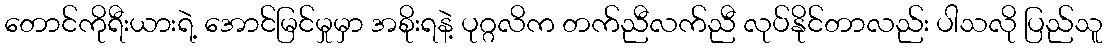
တောင်ကိုရီးယားရဲ့ အောင်မြင်မှုမှာ အစိုးရနဲ့ ပုဂ္ဂလိက တက်ညီလက်ညီ လုပ်နိုင်တာလည်း ပါသလို ပြည်သူ